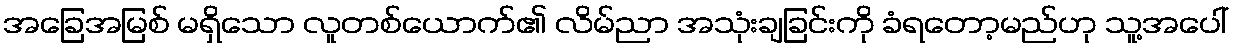
အခြေအမြစ် မရှိသော လူတစ်ယောက်၏ လိမ်ညာ အသုံးချခြင်းကို ခံရတော့မည်ဟု သူ့အပေါ်